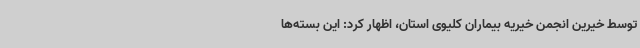
توسط خیرین انجمن خیریه بیماران کلیوی استان، اظهار کرد: این بسته‌ها